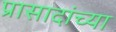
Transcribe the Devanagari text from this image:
प्रासादांच्या